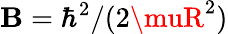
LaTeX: \mathbf{B}=\hbar^{2}/(2\muR^{2})